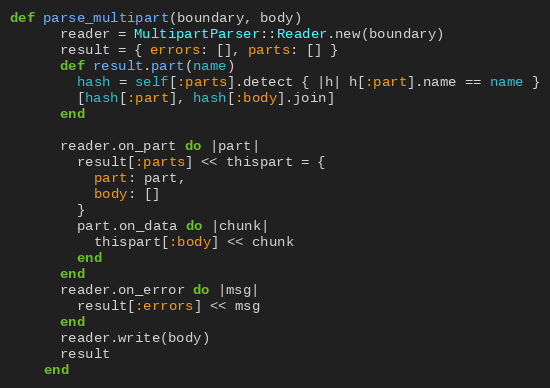
Language: Ruby
def parse_multipart(boundary, body)
      reader = MultipartParser::Reader.new(boundary)
      result = { errors: [], parts: [] }
      def result.part(name)
        hash = self[:parts].detect { |h| h[:part].name == name }
        [hash[:part], hash[:body].join]
      end

      reader.on_part do |part|
        result[:parts] << thispart = {
          part: part,
          body: []
        }
        part.on_data do |chunk|
          thispart[:body] << chunk
        end
      end
      reader.on_error do |msg|
        result[:errors] << msg
      end
      reader.write(body)
      result
    end